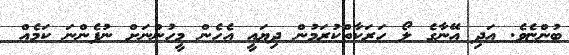
ބުންޏެވެ. އަދި އޭނާގެ ލޯ ހަރަކާތްކުރަމުން ދިޔައީ އެހެން މީހުންނަށް ނުފެންނަ ކަމެއް